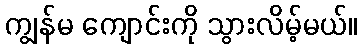
ကျွန်မ ကျောင်းကို သွားလိမ့်မယ်။